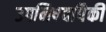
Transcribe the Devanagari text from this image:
उपनिषदांपैकी